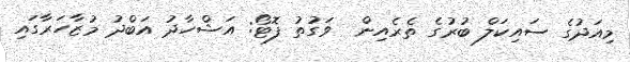
މިއަދުގެ ސައިކަލް ބުރުގެ ތެރެއިން  ވަގުތު ފޮޓޯ: އަޝްހާދު އަބްދު މުޒާހަރާގައި